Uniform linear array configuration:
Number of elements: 8
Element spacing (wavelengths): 0.75
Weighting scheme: blackman
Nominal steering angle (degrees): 15
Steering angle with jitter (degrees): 14.437
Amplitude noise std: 0.05
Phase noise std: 0.05

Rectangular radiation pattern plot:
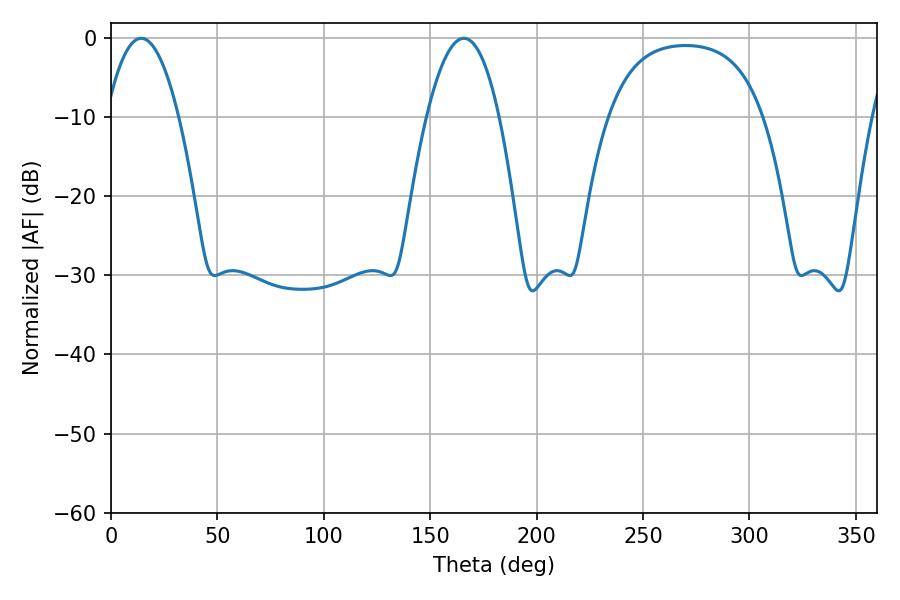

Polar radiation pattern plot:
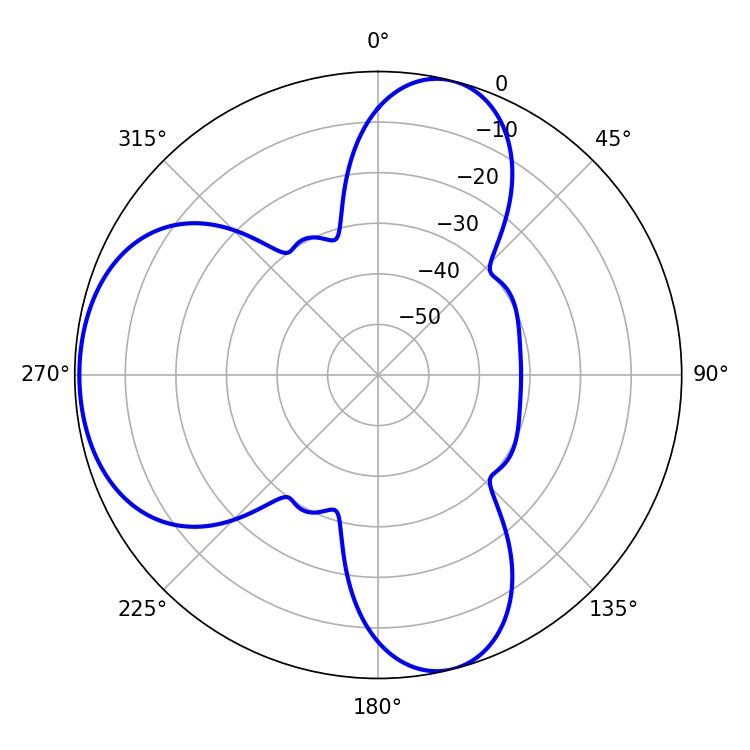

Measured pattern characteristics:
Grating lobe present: TRUE
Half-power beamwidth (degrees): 18.72
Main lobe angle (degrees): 165.78